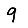
Digit: 9